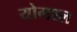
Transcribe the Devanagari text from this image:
योगश्ल